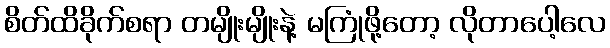
စိတ်ထိခိုက်စရာ တမျိုးမျိုးနဲ့ မကြုံဖို့တော့ လိုတာပေါ့လေ